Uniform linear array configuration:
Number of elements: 24
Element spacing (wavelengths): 0.75
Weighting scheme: binomial
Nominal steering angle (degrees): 45
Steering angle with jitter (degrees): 44.895
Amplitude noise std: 0.05
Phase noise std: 0.05

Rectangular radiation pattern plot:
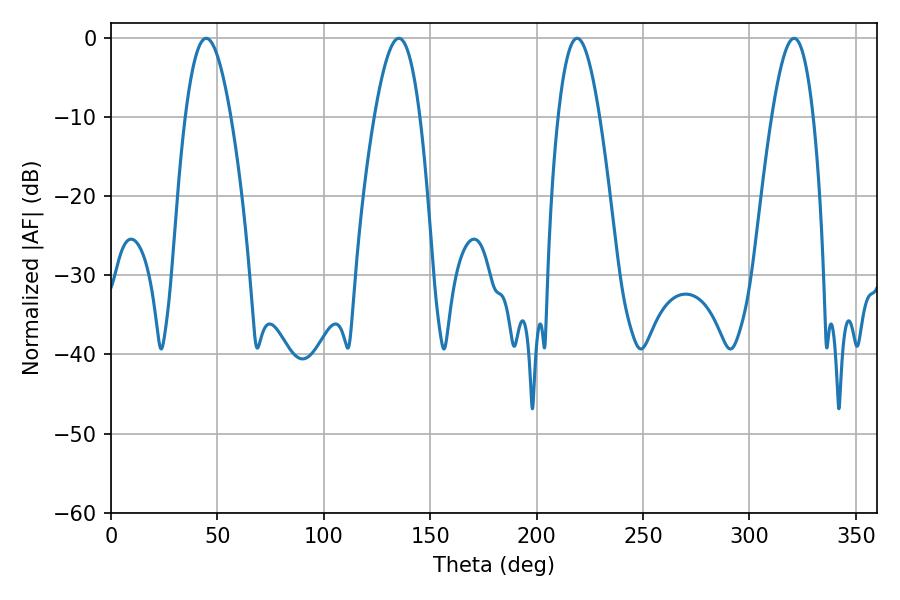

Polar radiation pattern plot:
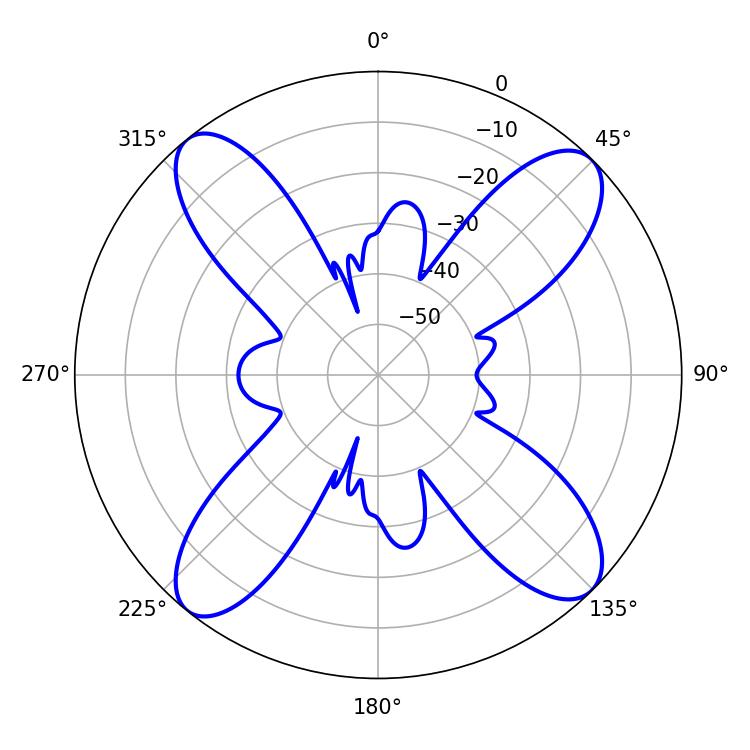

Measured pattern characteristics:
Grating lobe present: TRUE
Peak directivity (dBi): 15.492
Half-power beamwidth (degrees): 10.44
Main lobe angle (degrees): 219.06